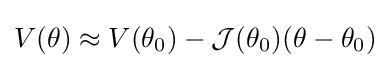
V(\theta )\approx V(\theta _{0})-{\mathcal {J}}(\theta _{0})(\theta -\theta _{0})